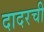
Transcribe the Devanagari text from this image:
दादरची